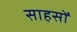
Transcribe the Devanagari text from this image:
साहसों